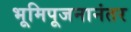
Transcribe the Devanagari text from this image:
भूमिपूजनानंतर